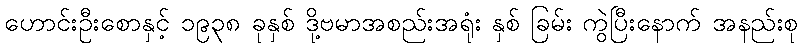
ဟောင်းဦးစောနှင့် ၁၉၃၈ ခုနှစ် ဒို့ဗမာအစည်းအရုံး နှစ် ခြမ်း ကွဲပြီးနောက် အနည်းစု